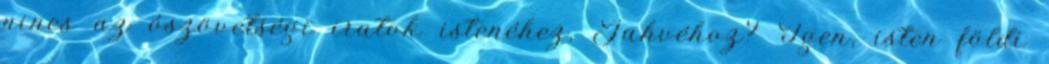
nincs az ószövetségi iratok istenéhez, Jahvéhoz? Igen, isten földi